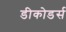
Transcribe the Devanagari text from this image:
डीकोडर्स